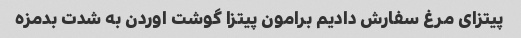
پیتزای مرغ سفارش دادیم برامون پیتزا گوشت اوردن به شدت بدمزه